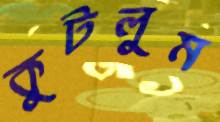
কুটলুম